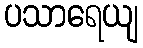
ပသာရေယျ